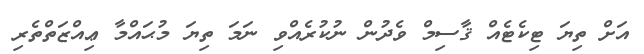
އަށް ތިޔަ ޓިކެޓެއް ޤާސިމް ވެދުން ނުކުރެއްވި ނަމަ ތިޔަ މުޙައްމާ ޢިއްޒަތްތެރި